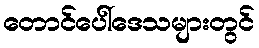
တောင်ပေါ်ဒေသများတွင်